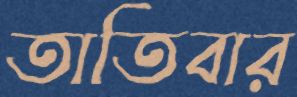
তাতিবার